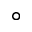
^ { \circ }